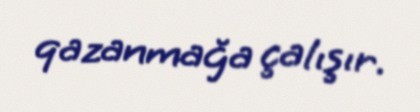
qazanmağa çalışır.